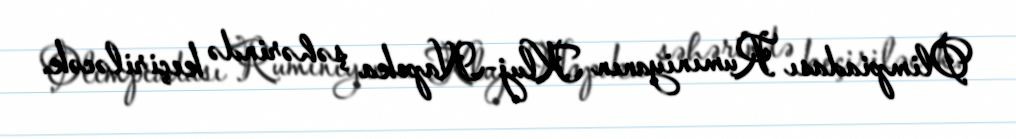
Olimpiadası Rumıniyanın Kluj-Napoka şəhərində keçiriləcək.